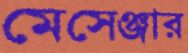
মেসেঞ্জার